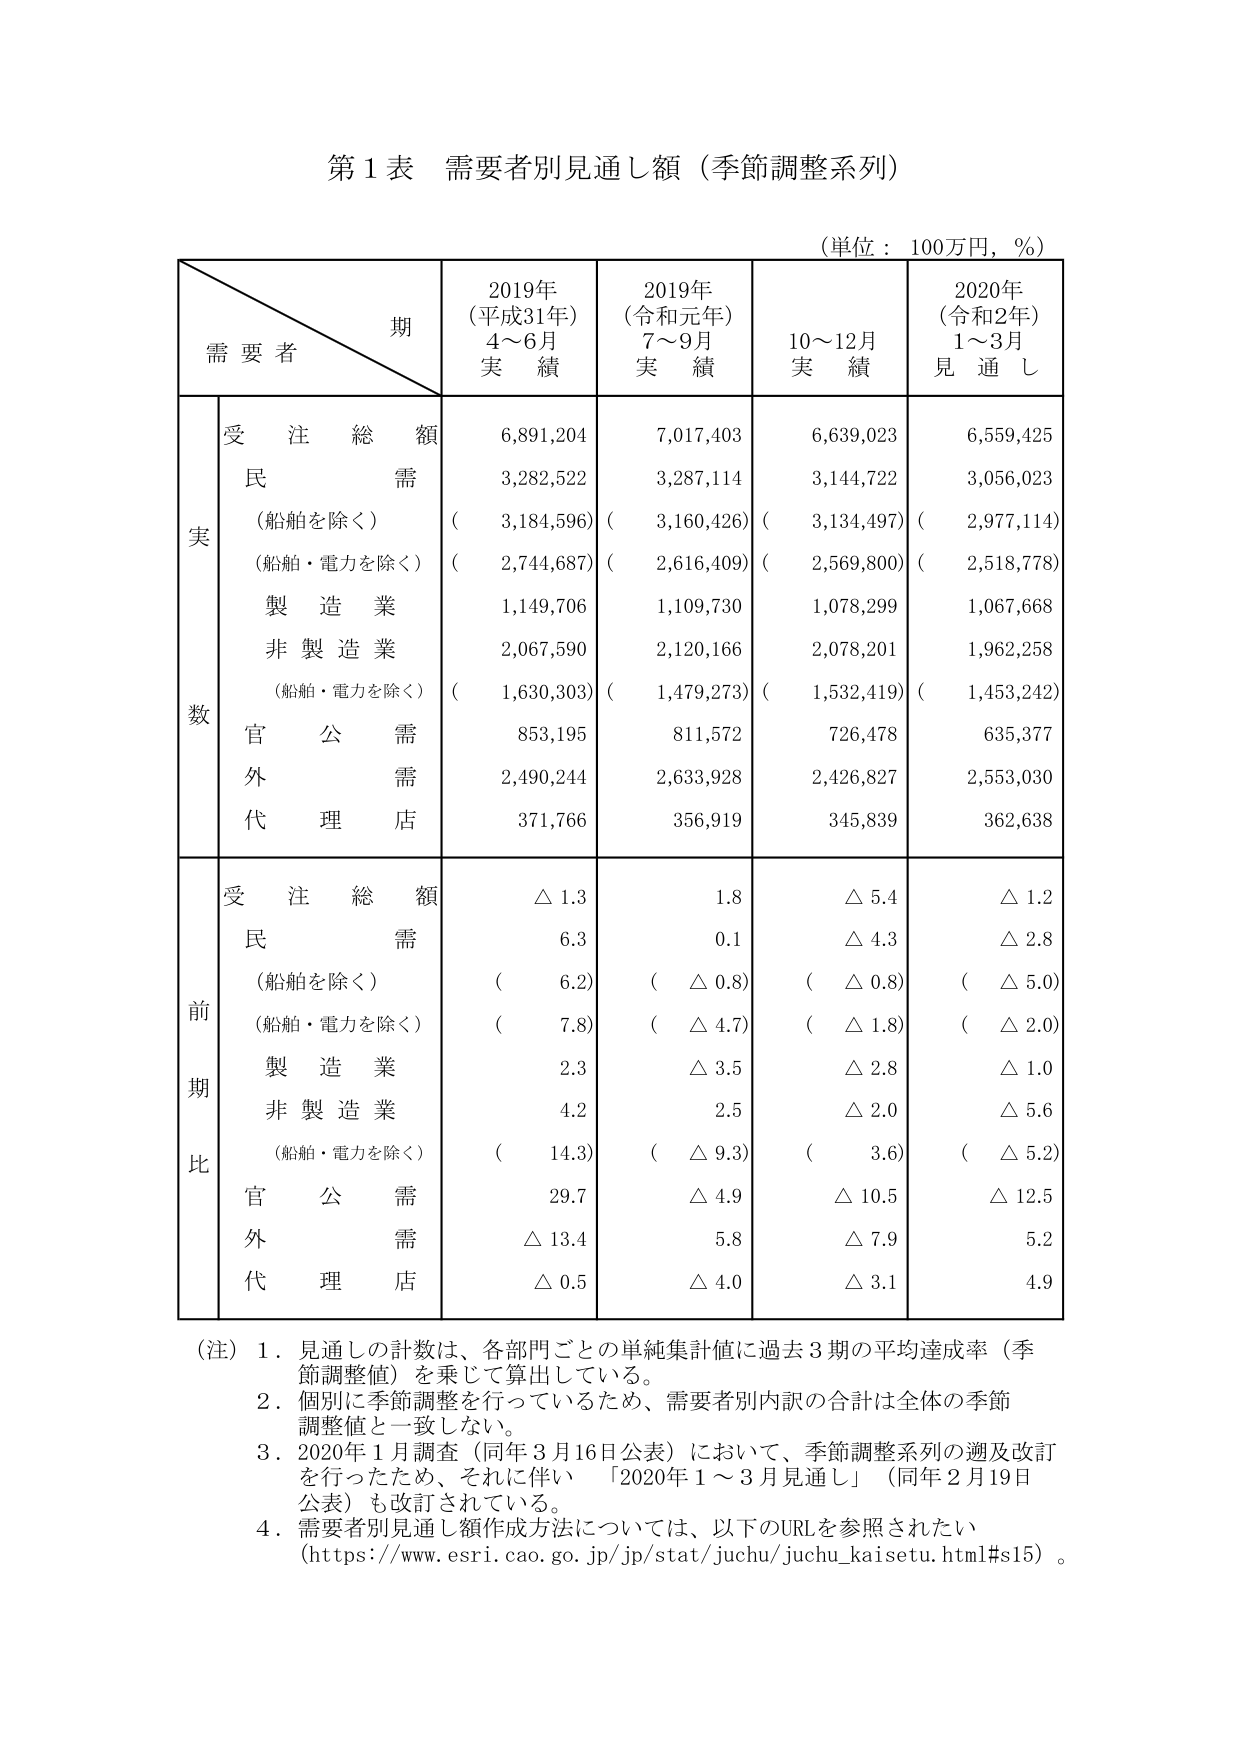
第1表 需要者別見通し額（季節調整系列）

（単位：100万円，％）

期
需要者
2019年
（平成31年）
4～6月
実績
2019年
（令和元年）
7～9月
実績
10～12月
実績
2020年
（令和2年）
1～3月
見通し

実数
受注総額
6,891,204
7,017,403
6,639,023
6,559,425
民需
3,282,522
3,287,114
3,144,722
3,056,023
（船舶を除く）
（3,184,596）
（3,160,426）
（3,134,497）
（2,977,114）
（船舶・電力を除く）
（2,744,687）
（2,616,409）
（2,569,800）
（2,518,778）
製造業
1,149,706
1,109,730
1,078,299
1,067,668
非製造業
2,067,590
2,120,166
2,078,201
1,962,258
（船舶・電力を除く）
（1,630,303）
（1,479,273）
（1,532,419）
（1,453,242）
官公需
853,195
811,572
726,478
635,377
外需
2,490,244
2,633,928
2,426,827
2,553,030
代理店
371,766
356,919
345,839
362,638

前期比
受注総額
△1.3
1.8
△5.4
△1.2
民需
6.3
0.1
△4.3
△2.8
（船舶を除く）
（6.2）
（△0.8）
（△0.8）
（△5.0）
（船舶・電力を除く）
（7.8）
（△4.7）
（△1.8）
（△2.0）
製造業
2.3
△3.5
△2.8
△1.0
非製造業
4.2
2.5
△2.0
△5.6
（船舶・電力を除く）
（14.3）
（△9.3）
（3.6）
（△5.2）
官公需
29.7
△4.9
△10.5
△12.5
外需
△13.4
5.8
△7.9
5.2
代理店
△0.5
△4.0
△3.1
4.9

（注）1．見通しの計数は、各部門ごとの単純集計値に過去3期の平均達成率（季節調整値）を乗じて算出している。
2．個別に季節調整を行っているため、需要者別内訳の合計は全体の季節調整値と一致しない。
3．2020年1月調査（同年3月16日公表）において、季節調整系列の遡及改訂を行ったため、それに伴い「2020年1～3月見通し」（同年2月19日公表）も改訂されている。
4．需要者別見通し額作成方法については、以下のURLを参照されたい
（https://www.esri.cao.go.jp/jp/stat/juchu/juchu_kaisetu.html#s15）。